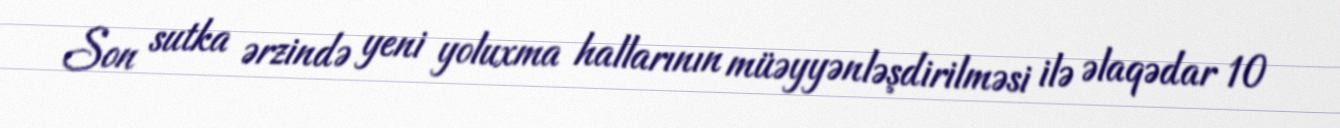
Son sutka ərzində yeni yoluxma hallarının müəyyənləşdirilməsi ilə əlaqədar 10